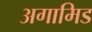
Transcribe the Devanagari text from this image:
अगामिड